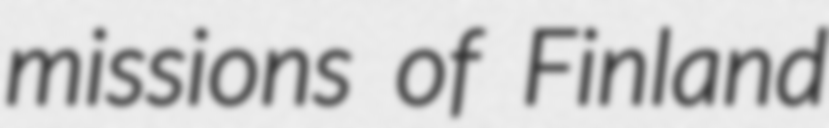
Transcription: missions of Finland